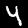
Label: 4